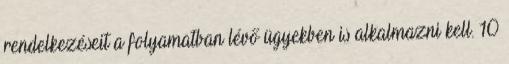
rendelkezéseit a folyamatban lévő ügyekben is alkalmazni kell. 10